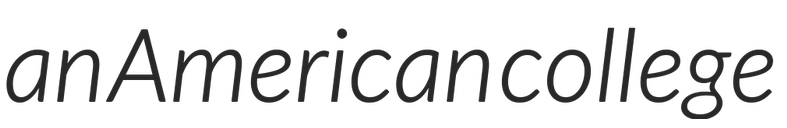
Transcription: an American college